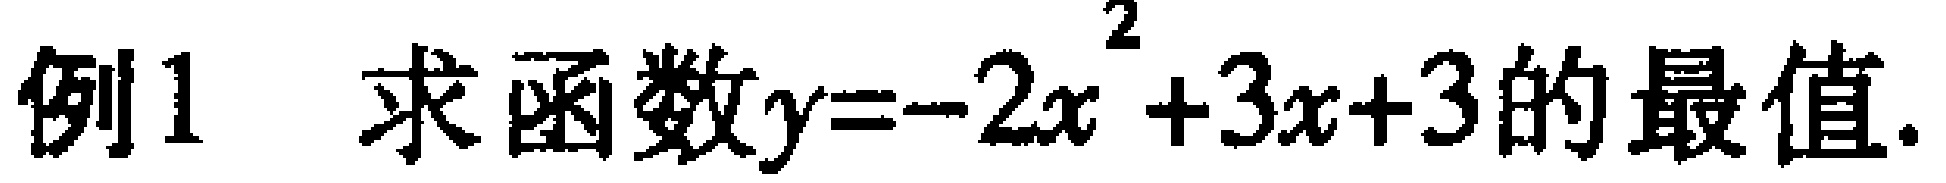
例1 求函数\(y=-2x^{2}+3x + 3\)的最值.